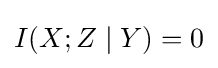
I(X;Z\mid Y)=0